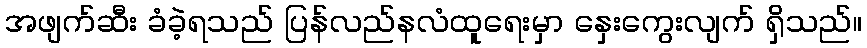
အဖျက်ဆီး ခံခဲ့ရသည် ပြန်လည်နလံထူရေးမှာ နှေးကွေးလျက် ရှိသည်။